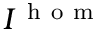
I ^ { \mathrm { ~ h ~ o ~ m ~ } }